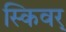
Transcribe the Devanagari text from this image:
स्किवर्